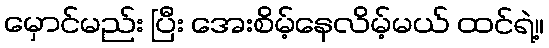
မှောင်မည်း ပြီး အေးစိမ့်နေလိမ့်မယ် ထင်ရဲ့။